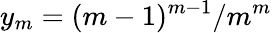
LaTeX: y_{m}=(m-1)^{m-1}/m^{m}